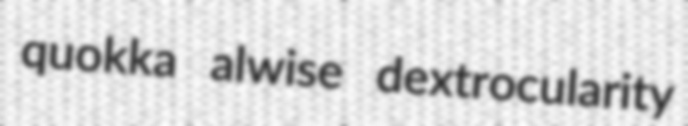
quokka alwise dextrocularity